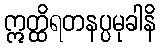
ဣတ္ထိရတနပ္ပမုခါနိ